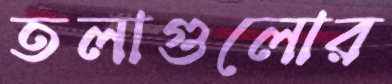
তলাগুলোর